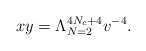
\begin{align*}xy=\Lambda^{4N_c+4}_{N=2}v^{-4}. \end{align*}